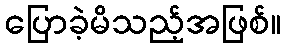
ပြောခဲ့မိသည့်အဖြစ်။